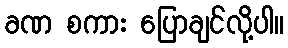
ခဏ စကား ပြောချင်လို့ပါ။